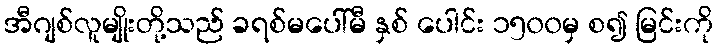
အီဂျစ်လူမျိုးတို့သည် ခရစ်မပေါ်မီ နှစ် ပေါင်း ၁၅၀၀မှ စ၍ မြင်းကို